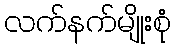
လက်နက်မျိုးစုံ